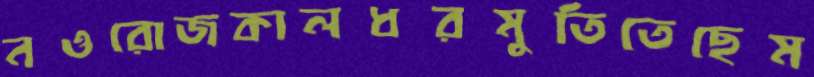
নওরোজকালধরমুতিতেছেম